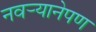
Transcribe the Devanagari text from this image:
नवर्‍यानेपण